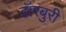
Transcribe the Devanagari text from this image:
हॉरबुरी